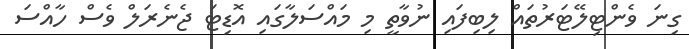
ގިނަ ވެންޓިލޭޓަރުތައް ލިބިފައި ނުވާތީ މި މައްސަލާގައި އޮޑިޓަ ޖެނެރަލް ވެސް ހާއްސަ